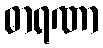
ဓာရဏာ